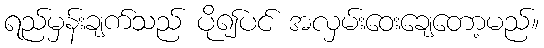
ရည်မှန်းချက်သည် ပို၍ပင် အလှမ်းဝေးချေတော့မည်။